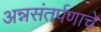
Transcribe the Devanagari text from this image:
अन्नसंतर्पणाचे